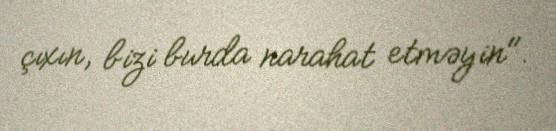
çıxın, bizi burda narahat etməyin".